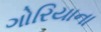
ગોરિયાના